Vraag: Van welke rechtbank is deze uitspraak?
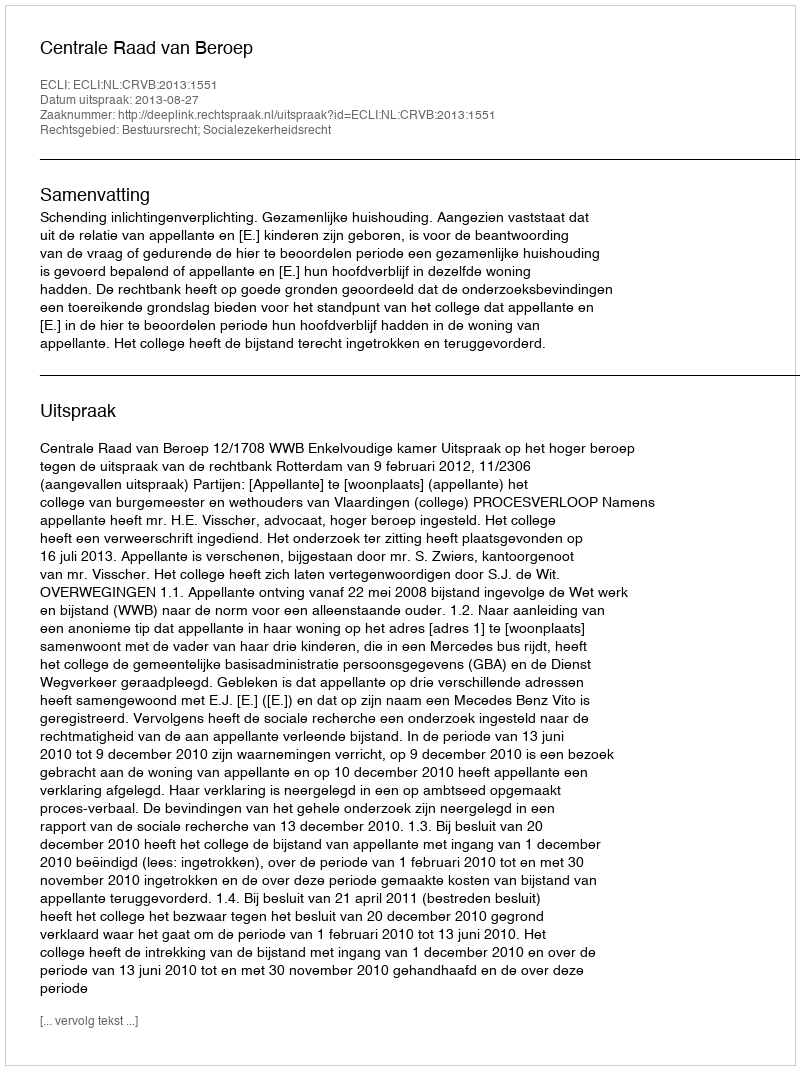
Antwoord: Centrale Raad van Beroep